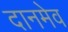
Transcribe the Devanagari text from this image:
दानमेव